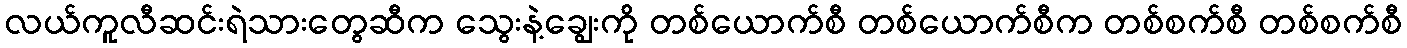
လယ်ကူလီဆင်းရဲသားတွေဆီက သွေးနဲ့ချွေးကို တစ်ယောက်စီ တစ်ယောက်စီက တစ်စက်စီ တစ်စက်စီ